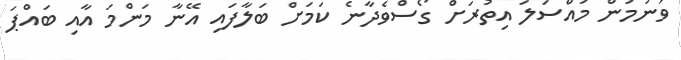
ވަނުމުން މައްސަލަ އިތުރަށް ގޯސްވެދާނެ ކަމަށް ބަލާފައި އޭނާ މަންމަ އާއި ބައްޕަ